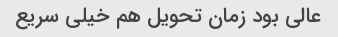
عالی بود زمان تحویل هم خیلی سریع